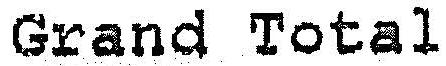
GRAND TOTAL